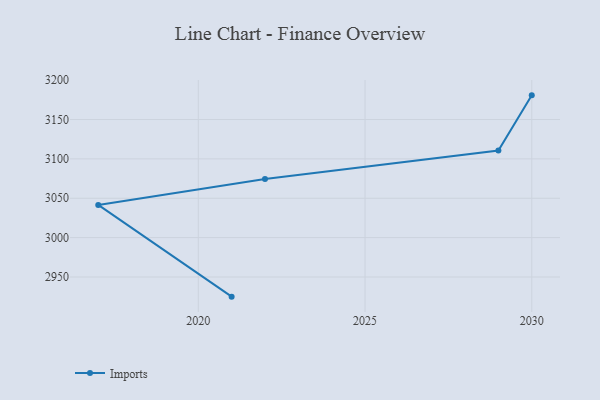
{"axis": {"x": "Year", "y": "Operating Costs (USD K)"}, "legend": ["Imports"], "data": [{"x": "2030", "y": 3180.7, "type": "Imports"}, {"x": "2029", "y": 3110.7, "type": "Imports"}, {"x": "2022", "y": 3074.3, "type": "Imports"}, {"x": "2017", "y": 3041.5, "type": "Imports"}, {"x": "2021", "y": 2925.0, "type": "Imports"}]}